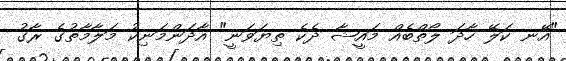
"އޭނ ކަލޭ ހާދަ ލޯތްބެއް މައީޝާ ދެކެ ތިޔަވަނީ" އާދަންމަނިކު މަލާމާތުގެ ރާގު